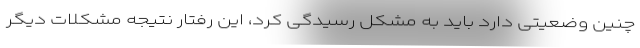
چنین وضعیتی دارد باید به مشکل رسیدگی کرد، این رفتار نتیجه مشکلات دیگر